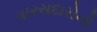
વારસદારોનો